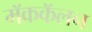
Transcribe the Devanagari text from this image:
मॅककॅलन